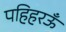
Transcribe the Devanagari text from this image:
पहिहरऊँ